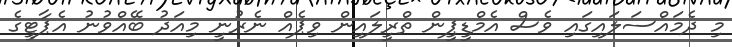
މި ދެމައްސަލައިގައި ވެސް އެމްޑީޕީން ތްރީލައިން ވިޕެއް ނެރުނީ މިއަދު ބޭއްވުނު އެޕާޓީގެ